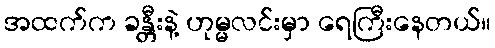
အထက်က ခန္တီးနဲ့ ဟုမ္မလင်းမှာ ရေကြီးနေတယ်။